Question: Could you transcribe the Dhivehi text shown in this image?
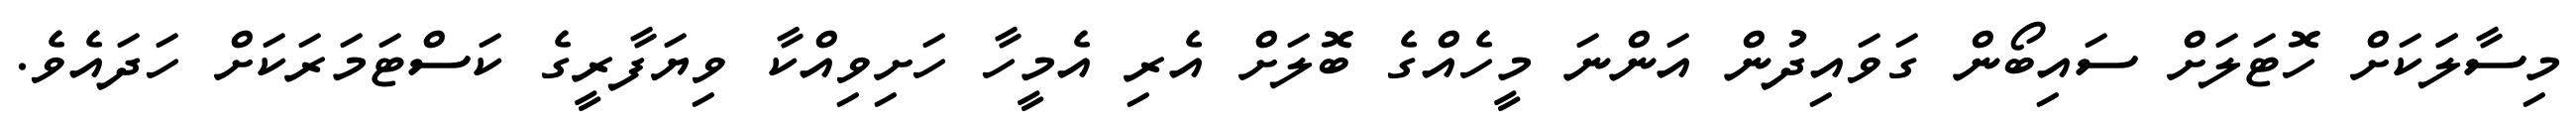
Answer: މިސާލަަކަށް ހޮޓަލަށް ސައިބޯން ގަވައިދުން އަންނަ މީހެއްގެ ބޮލަށް އެރި އެމީހާ ހަށިވިއްކާ ވިޔަފާރީގެ ކަސްޓަމަރަކަށް ހަދައެވެ.